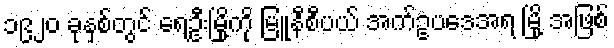
၁၉၂၀ ခုနှစ်တွင် ရေဦးမြို့ကို မြူနီစီပယ် အက်ဥပဒေအရ မြို့ အဖြစ်